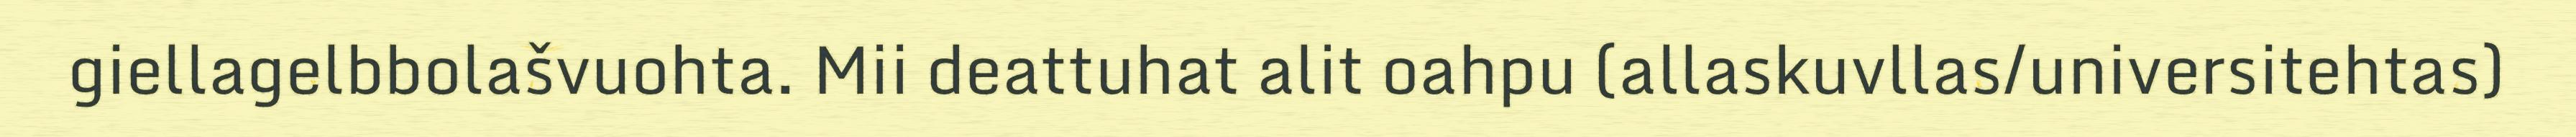
giellagelbbolašvuohta. Mii deattuhat alit oahpu (allaskuvllas/universitehtas)